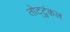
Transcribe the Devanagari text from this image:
तोट्टुंकल